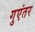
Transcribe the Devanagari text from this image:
गुएंतर